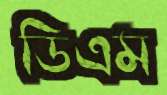
ডিএম